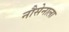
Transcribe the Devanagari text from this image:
नौसेनाला